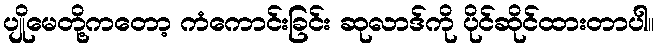
ပျိုမေတို့ကတော့ ကံကောင်းခြင်း ဆုလာဒ်ကို ပိုင်ဆိုင်ထားတာပါ။